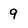
Character: 9